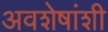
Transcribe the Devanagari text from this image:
अवशेषांशी